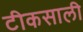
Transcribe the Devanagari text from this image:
टीकसाली